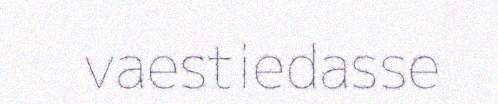
vaestiedasse